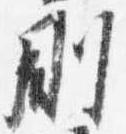
剛